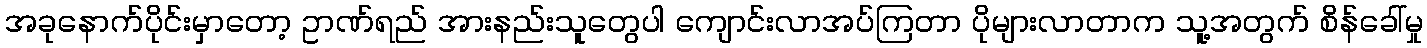
အခုနောက်ပိုင်းမှာတော့ ဥာဏ်ရည် အားနည်းသူတွေပါ ကျောင်းလာအပ်ကြတာ ပိုများလာတာက သူ့အတွက် စိန်ခေါ်မှု